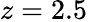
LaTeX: z=2.5